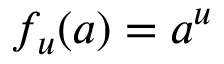
f _ { u } ( a ) = a ^ { u }